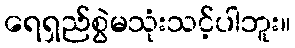
ရေရှည်စွဲမသုံးသင့်ပါဘူး။